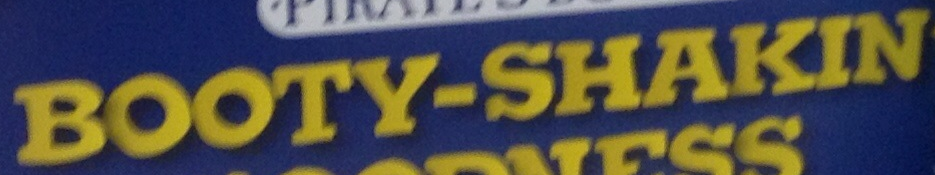
BOOTY-SHAKIN